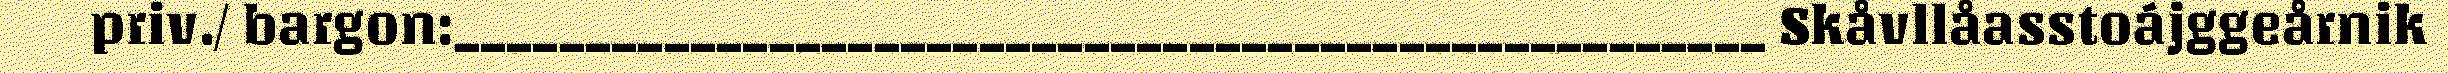
priv./ bargon:__________________________________________________ Skåvllåasstoájggeårnik